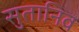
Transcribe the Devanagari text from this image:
सुतानिव